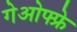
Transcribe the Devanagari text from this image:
गेओफ्फ्रे